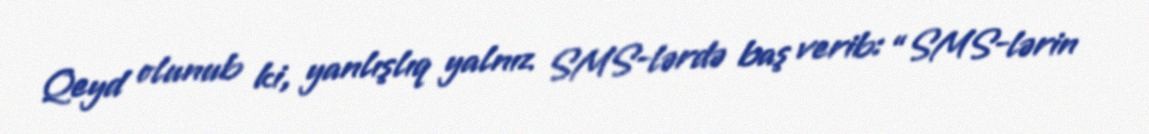
Qeyd olunub ki, yanlışlıq yalnız SMS-lərdə baş verib: “SMS-lərin